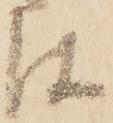
は